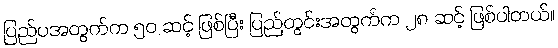
ပြည်ပအတွက်က ၅၀ ဆင့် ဖြစ်ပြီး ပြည်တွင်းအတွက်က ၂၈ ဆင့် ဖြစ်ပါတယ်။